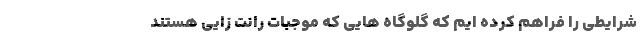
شرایطی را فراهم کرده ایم که گلوگاه هایی که موجبات رانت زایی هستند